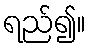
ရည်၍။